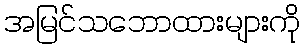
အမြင်သဘောထားများကို